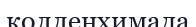
колленхимада